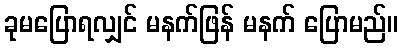
ခုမပြောရလျှင် မနက်ဖြန် မနက် ပြောမည်။